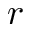
r